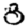
Digit: 8